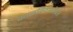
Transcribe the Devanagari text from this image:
काळविटांसोबत